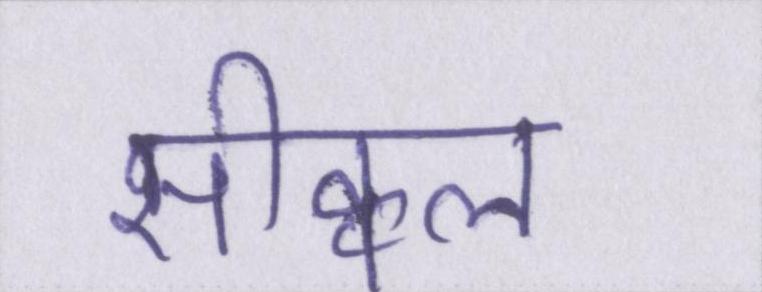
सीक्वल